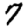
Digit: 7